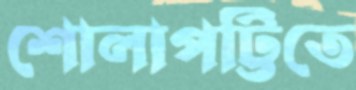
শোলাপট্টিতে